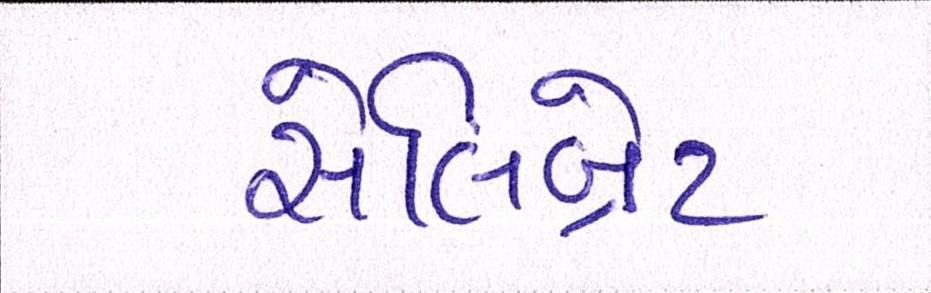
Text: સેલિબ્રેટ